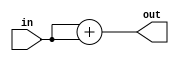
module f11_test_1(input in, output reg [1:0] out);
    always @(in)
    begin
        out = in;
        out = out + in;
    end
endmodule